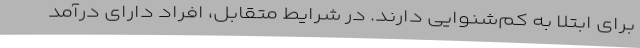
برای ابتلا به کم‌شنوایی دارند. در شرایط متقابل، افراد دارای درآمد